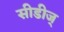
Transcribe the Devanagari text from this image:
सीडीज्